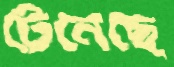
টেনেছে